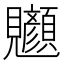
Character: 𫌧